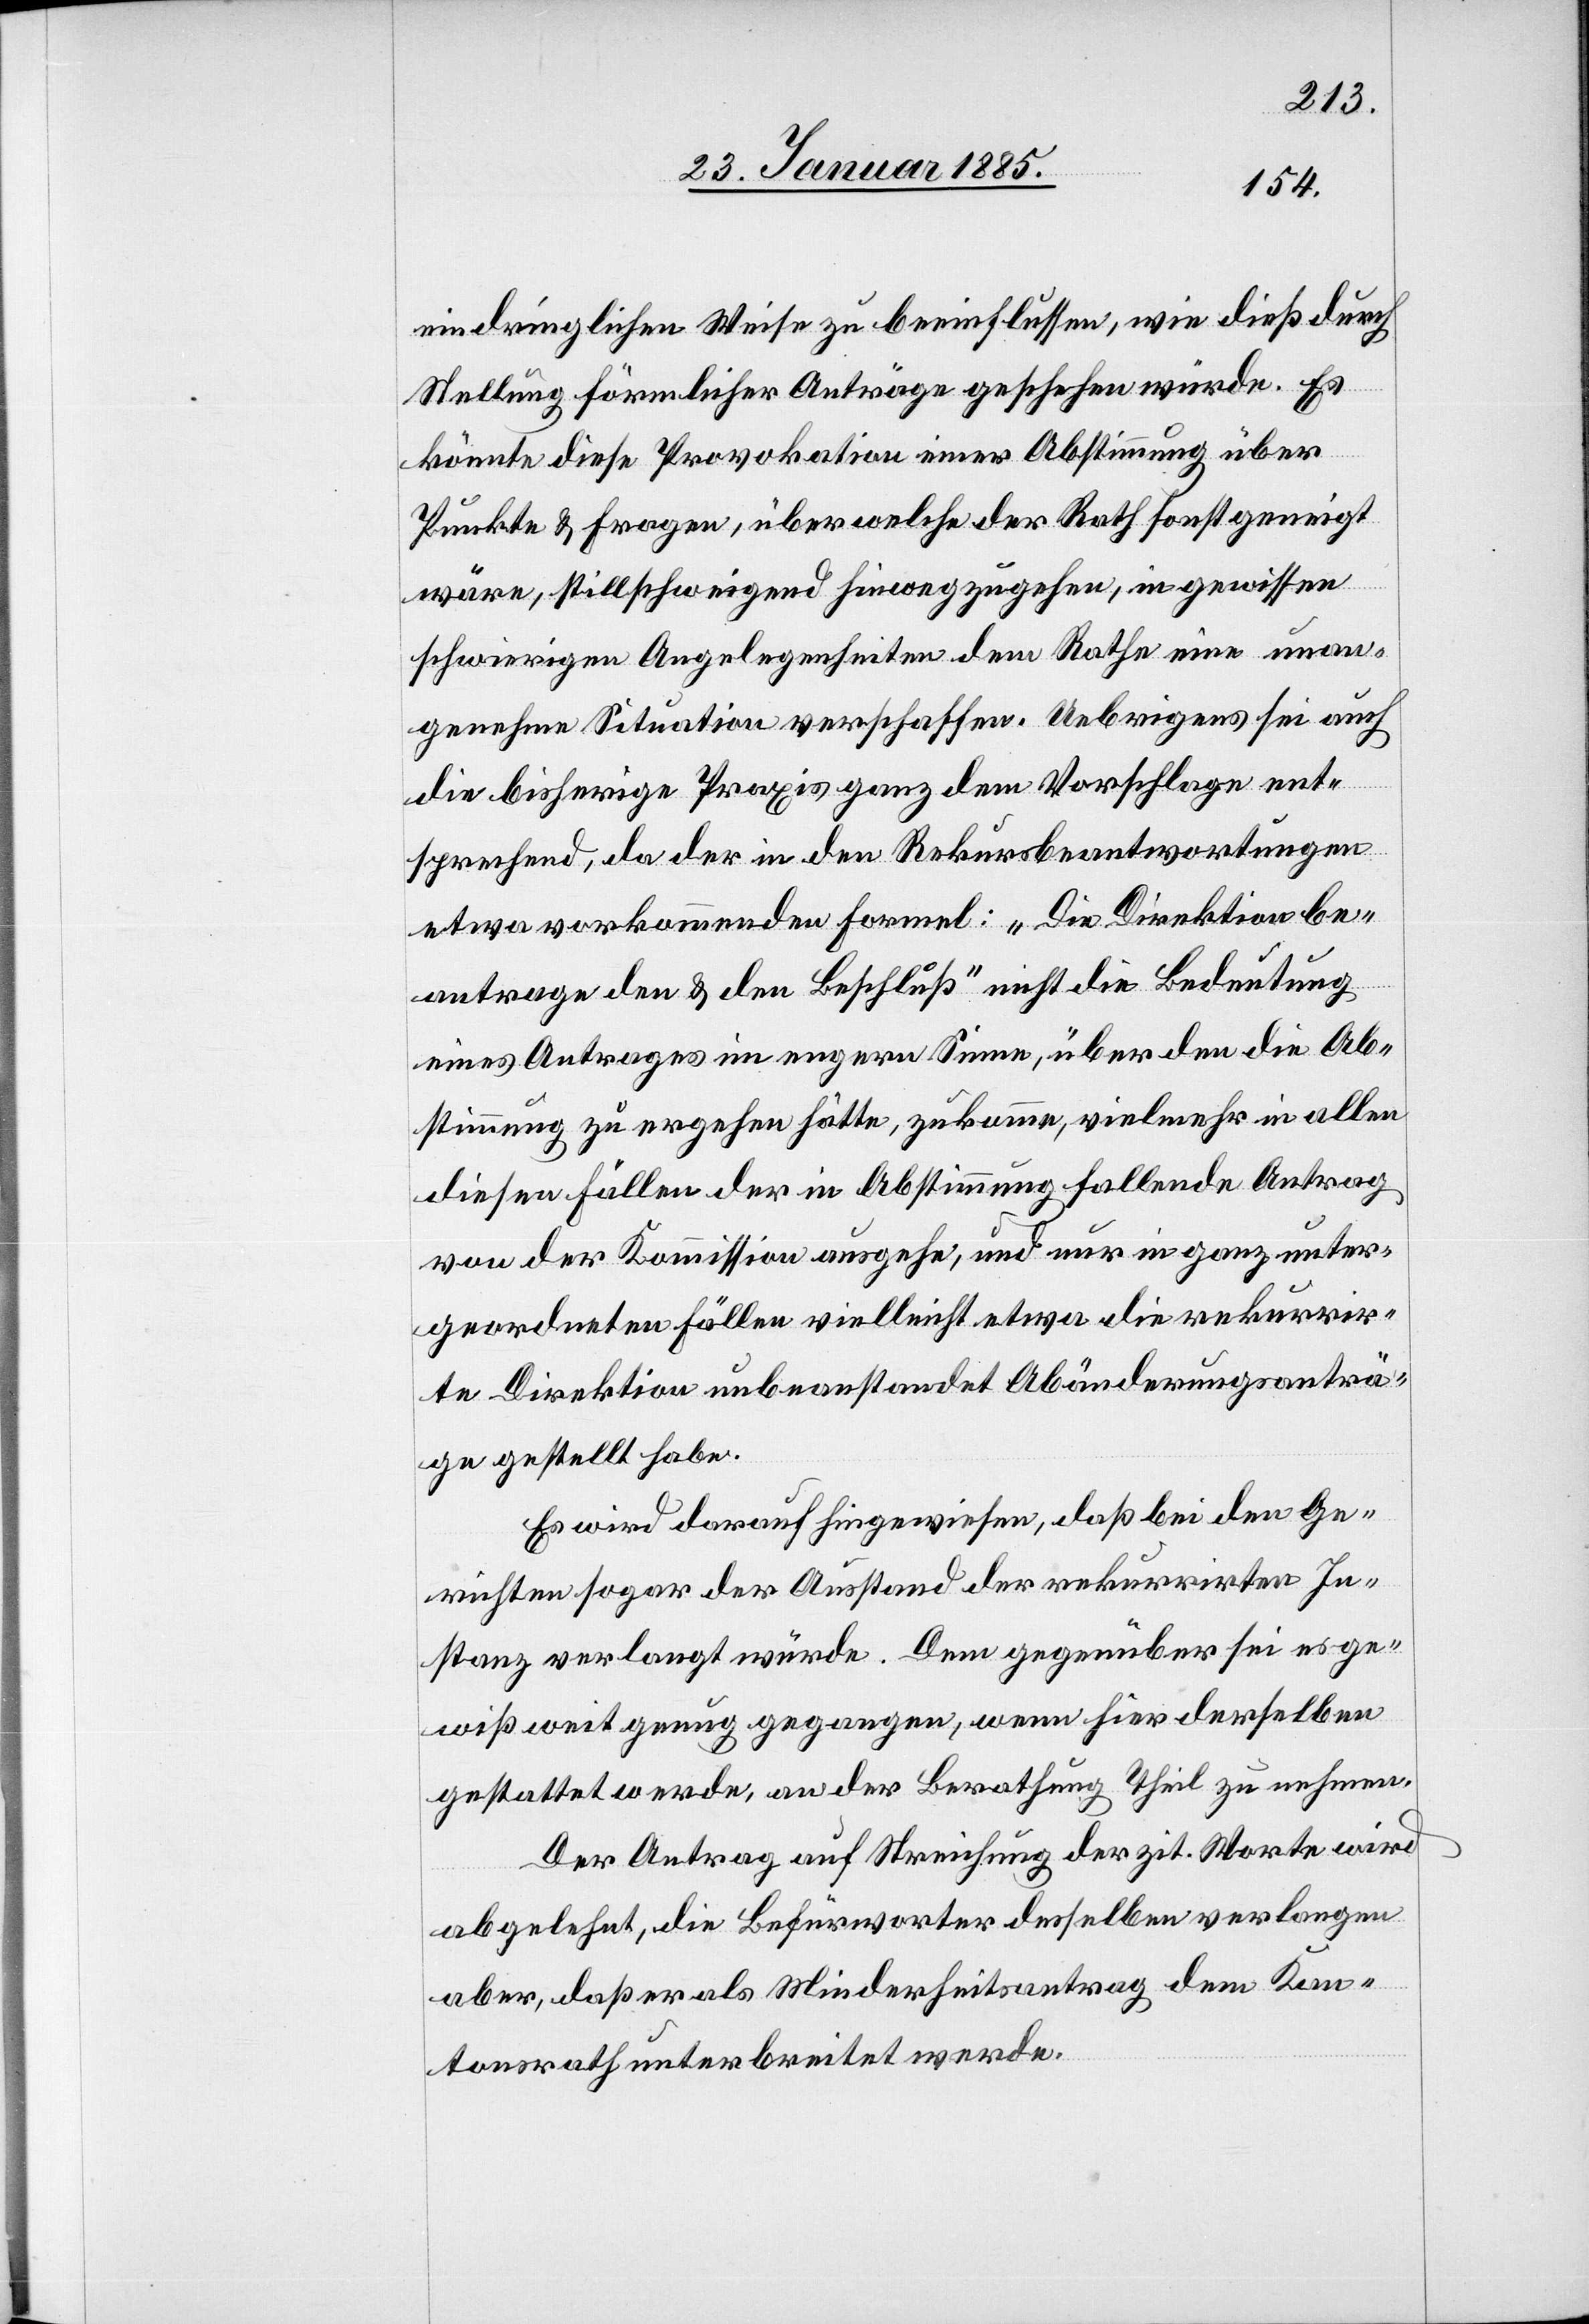
eindringlichen Weise zu beeinflussen, wie dieß durch
Stellung förmlicher Anträge geschehen würde. Es
könnte diese Provokation eine Abstimmung über
Punkte & Fragen, über welche der Rath sonst geneigt
wäre, stillschweigend hinwegzugehen, in gewissen
schwierigen Angelegenheiten dem Rathe eine unan¬
genehme Situation verschaffen. Uebrigens sei auch
die bisherige Praxis ganz dem Vorschlage ent¬
sprechend, da der in den Rekursbeantwortungen
etwa vorkommenden Forme: „Die Direktion be¬
antrage den & den Beschluß“ nicht die Bedeutung
eines Antrages im engern Sinne, über den die Ab¬
stimmung zu ergehen hätte, zukommen, vielmehr in allen
diesen Fällen der in Abstimmung fallende Antrag
von der Kommission ausgehe, und nur in ganz unter¬
geordneten Fällen vielleicht etwa die rekurrir¬
te Direktion unbeanstandet Abänderungsanträ¬
ge gestellte habe.
Es wird darauf hingewiesen, daß bei den Ge¬
richten sogar der Ausstand der rekurrirten In¬
stanz verlangt würde. Dem gegenüber sei es ge¬
wiß weit genug gegangen, wenn hier derselben
gestattet werde, an der Berathung Theil zu nehmen.
Der Antrag auf Streichung der zit. Worte wird
abgelegt, die Befürworter desselben verlangen
aber, daß er als Minderheitsantrag dem Kan¬
tonsrath unterbreitet werde.